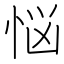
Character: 悩